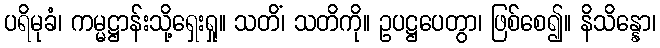
ပရိမုခံ၊ ကမ္မဋ္ဌာန်းသို့ရှေးရှု။ သတိံ၊ သတိကို။ ဥပဋ္ဌပေတွာ၊ ဖြစ်စေ၍။ နိသိန္နော၊